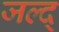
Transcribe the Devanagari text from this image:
जल्द्